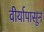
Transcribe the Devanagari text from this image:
वीर्यापासून